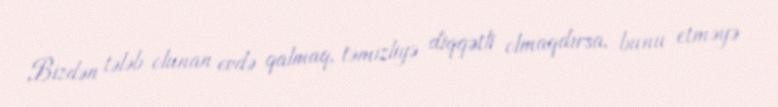
Bizdən tələb olunan evdə qalmaq, təmizliyə diqqətli olmaqdırsa, bunu etməyə